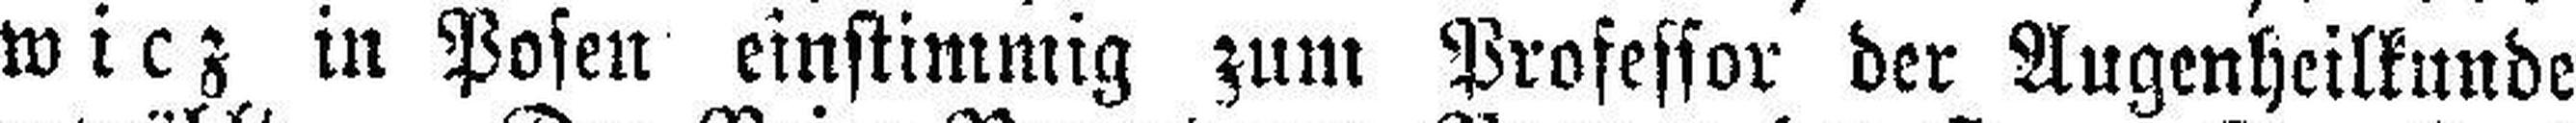
wicz in Posen einstimmig zum Professor der Augenheilkunde